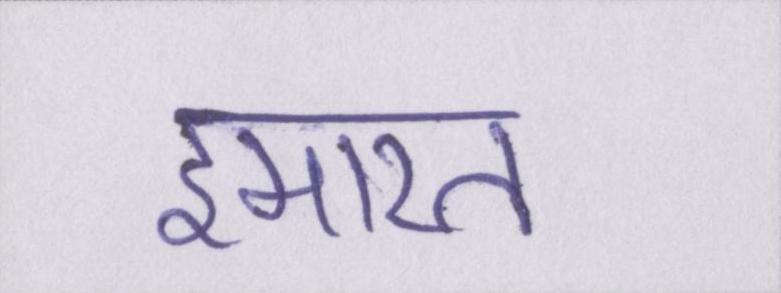
इमारत